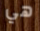
هي